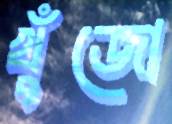
খুঁজো